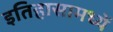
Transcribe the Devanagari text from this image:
इतिहासामध्यें